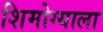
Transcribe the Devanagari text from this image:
शिमोग्याला